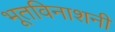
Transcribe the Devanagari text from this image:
भूतविनाशनी